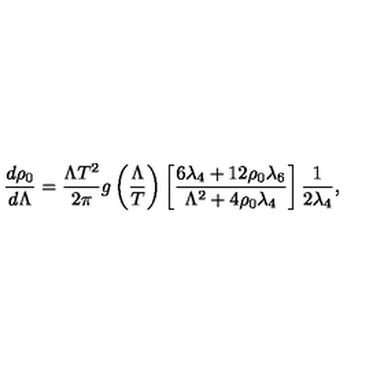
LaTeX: \frac { d \rho _ { 0 } } { d \Lambda } = \frac { \Lambda T ^ { 2 } } { 2 \pi } g \left( \frac { \Lambda } { T } \right) \left[ { \frac { 6 \lambda _ { { 4 } } + 1 2 \rho _ { { 0 } } \lambda _ { { 6 } } } { { \Lambda } ^ { 2 } + 4 \rho _ { { 0 } } \lambda _ { { 4 } } } } \right] \frac { 1 } { 2 \lambda _ { 4 } } ,